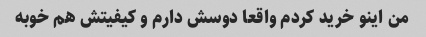
من اینو خرید کردم واقعا دوسش دارم و کیفیتش هم خوبه